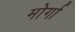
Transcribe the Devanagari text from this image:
मोर्गा